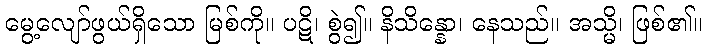
မွေ့လျော်ဖွယ်ရှိသော မြစ်ကို။ ပဋိ၊ စွဲ၍။ နိသိန္နော၊ နေသည်။ အသ္မိ၊ ဖြစ်၏။